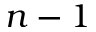
n - 1